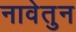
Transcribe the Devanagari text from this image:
नावेतुन